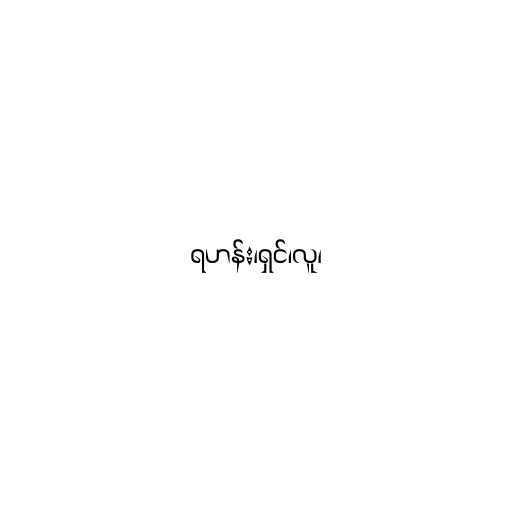
ရဟန်း၊ရှင်၊လူ၊